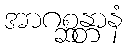
အာဂစ္ဆန္တာနံ